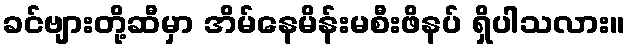
ခင်ဗျားတို့ဆီမှာ အိမ်နေမိန်းမစီးဖိနပ် ရှိပါသလား။